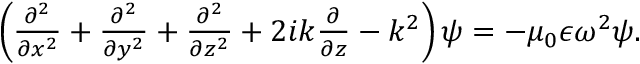
\begin{array} { r } { \left( \frac { \partial ^ { 2 } } { \partial x ^ { 2 } } + \frac { \partial ^ { 2 } } { \partial y ^ { 2 } } + \frac { \partial ^ { 2 } } { \partial z ^ { 2 } } + 2 i k \frac { \partial } { \partial z } - k ^ { 2 } \right) \psi = - \mu _ { 0 } \epsilon \omega ^ { 2 } \psi . } \end{array}